Indian journal of veterinary science and animal husbandry - Volume 5,
Year: 1935
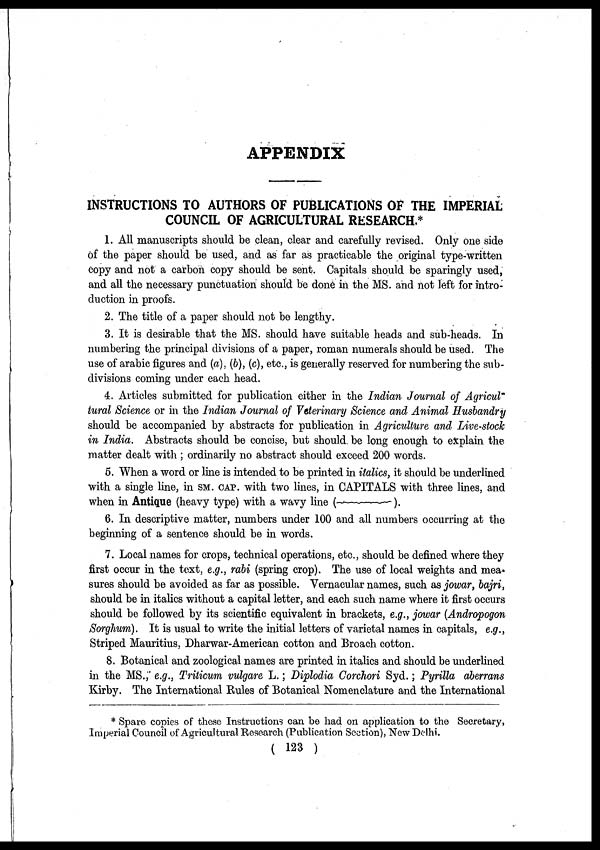
APPENDIX
INSTRUCTIONS TO AUTHORS OF PUBLICATIONS OF THE IMPERIAL
COUNCIL OF AGRICULTURAL RESEARCH.*
1. All manuscripts should be clean, clear and carefully revised. Only one side
of the paper should be used, and as far as practicable the original type-written
copy and not a carbon copy should be sent. Capitals should be sparingly used,
and all the necessary punctuation should be done in the MS. and not left for intro-
duction in proofs.
2. The title of a paper should not be lengthy.
3. It is desirable that the MS. should have suitable heads and sub-heads. In
numbering the principal divisions of a paper, roman numerals should be used. The
use of arabic figures and (a), (b), (c), etc., is generally reserved for numbering the sub-
divisions coming under each head.
4. Articles submitted for publication either in the Indian Journal of Agricul-
tural Science or in the Indian Journal of Veterinary Science and Animal Husbandry
should be accompanied by abstracts for publication in Agriculture and Live-stock
in India. Abstracts should be concise, but should be long enough to explain the
matter dealt with ; ordinarily no abstract should exceed 200 words.
5. When a word or line is intended to be printed in italics, it should be underlined
with a single line, in SM. CAP. with two lines, in CAPITALS with three lines, and
when in Antique (heavy type) with a wavy line (————).
6. In descriptive matter, numbers under 100 and all numbers occurring at the
beginning of a sentence should be in words.
7. Local names for crops, technical operations, etc., should be defined where they
first occur in the text, e.g., rabi (spring crop). The use of local weights and mea-
sures should be avoided as far as possible. Vernacular names, such as jowar, bajri,
should be in italics without a capital letter, and each such name where it first occurs
should be followed by its scientific equivalent in brackets, e.g., jowar (Andropogon
Sorghum). It is usual to write the initial letters of varietal names in capitals, e.g.,
Striped Mauritius, Dharwar-American cotton and Broach cotton.
8. Botanical and zoological names are printed in italics and should be underlined
in the MS., e.g., Triticum vulgare L.; Diplodia Corchori Syd.; Pyrilla aberrans
Kirby. The International Rules of Botanical Nomenclature and the International
* Spare copies of these Instructions can be had on application to the Secretary,
Imperial Council of Agricultural Research (Publication Section), New Delhi.
( 123 )